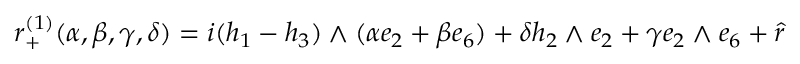
r _ { + } ^ { ( 1 ) } ( \alpha , \beta , \gamma , \delta ) = i ( h _ { 1 } - h _ { 3 } ) \wedge ( \alpha e _ { 2 } + \beta e _ { 6 } ) + \delta h _ { 2 } \wedge e _ { 2 } + \gamma e _ { 2 } \wedge e _ { 6 } + \hat { r }